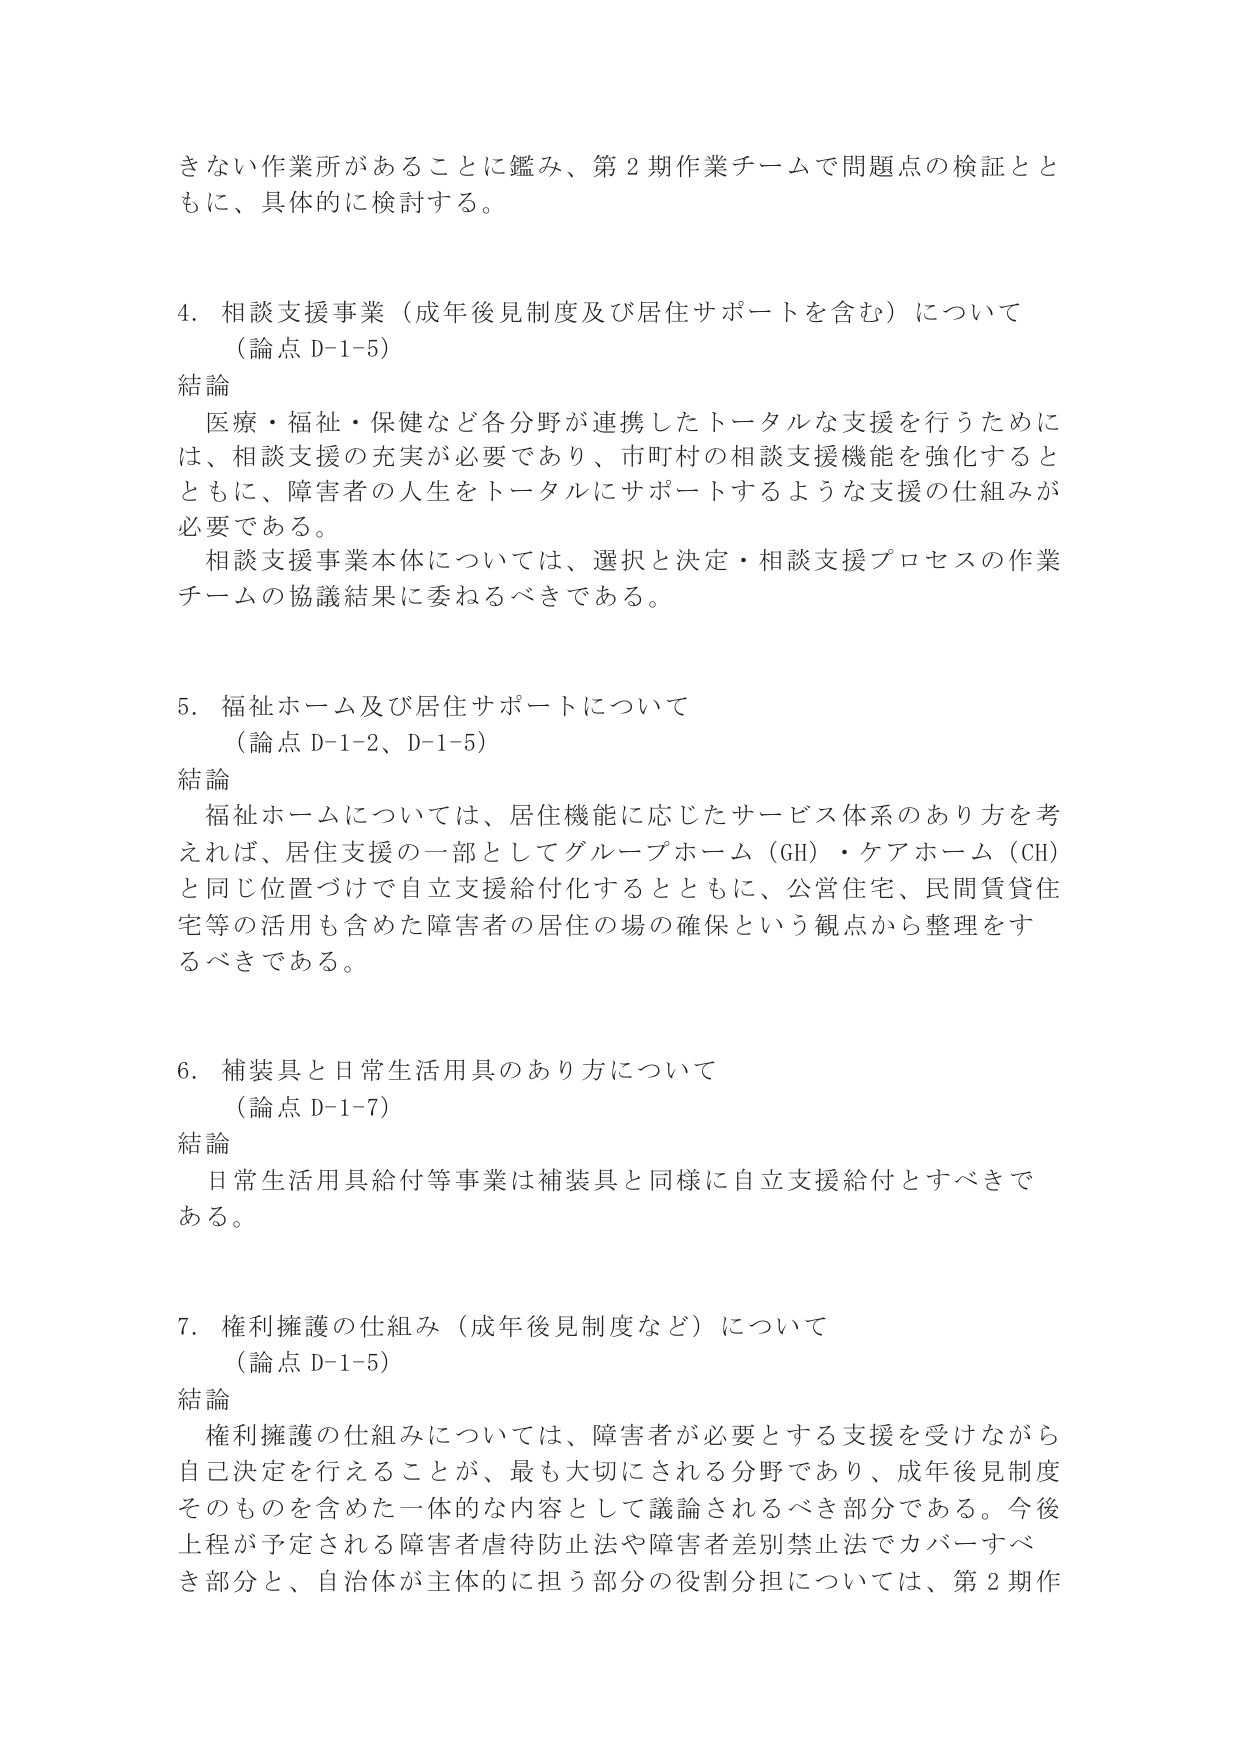
きない作業所があることに鑑み、第2期作業チームで問題点の検証とともに、具体的に検討する。

4. 相談支援事業（成年後見制度及び居住サポートを含む）について
（論点 D-1-5）
結論
医療・福祉・保健など各分野が連携したトータルな支援を行うためには、相談支援の充実が必要であり、市町村の相談支援機能を強化するとともに、障害者の人生をトータルにサポートするような支援の仕組みが必要である。
相談支援事業本体については、選択と決定・相談支援プロセスの作業チームの協議結果に委ねるべきである。

5. 福祉ホーム及び居住サポートについて
（論点 D-1-2、D-1-5）
結論
福祉ホームについては、居住機能に応じたサービス体系のあり方を考えれば、居住支援の一部としてグループホーム（GH）・ケアホーム（CH）と同じ位置づけで自立支援給付化するとともに、公営住宅、民間賃貸住宅等の活用も含めた障害者の居住の場の確保という観点から整理をするべきである。

6. 補装具と日常生活用具のあり方について
（論点 D-1-7）
結論
日常生活用具給付等事業は補装具と同様に自立支援給付とすべきである。

7. 権利擁護の仕組み（成年後見制度など）について
（論点 D-1-5）
結論
権利擁護の仕組みについては、障害者が必要とする支援を受けながら自己決定を行うことが、最も大切にされる分野であり、成年後見制度そのものを含めた一体的な内容として議論されるべき部分である。今後上程が予定される障害者虐待防止法や障害者差別禁止法でカバーすべき部分と、自治体が主体的に担う部分の役割分担については、第2期作